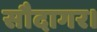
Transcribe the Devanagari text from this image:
सौदागर।